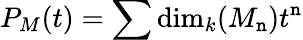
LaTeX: P_{M}(t)=\sum\dim_{k}(M_{\mathtt{n}})t^{\mathtt{n}}